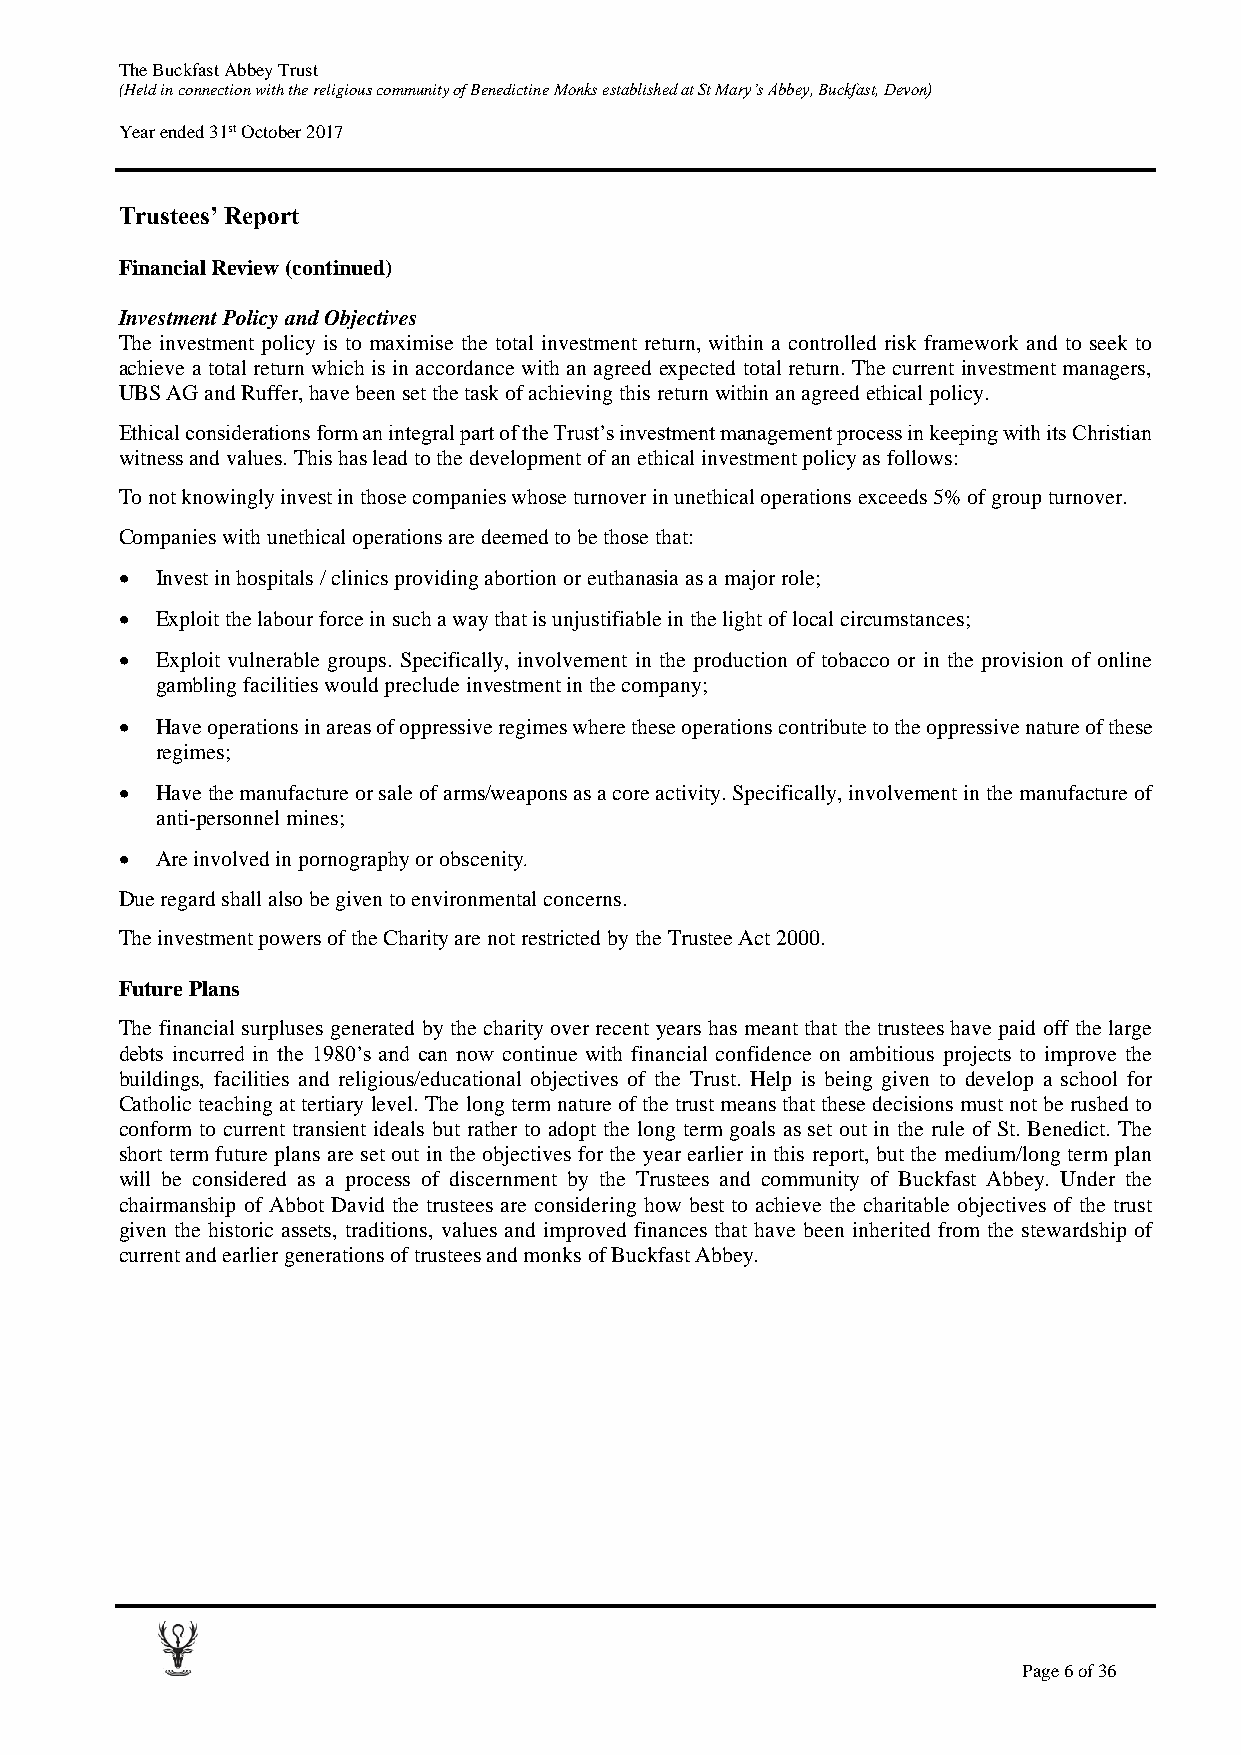
The Buckfast Abbey Trust
 (Held in connection with the religious community of Benedictine Monks established at St Mary’s Abbey, Buckfast, Devon)
 Year ended 31st October 2017
 Trustees’ Report
 Financial Review (continued)
 Investment Policy and Objectives
 The investment policy is to maximise the total investment return, within a controlled risk framework and to seek to
 achieve a total return which is in accordance with an agreed expected total return. The current investment managers,
 UBS AG and Ruffer, have been set the task of achieving this return within an agreed ethical policy.
 Ethical considerations form an integral part of the Trust’s investment management process in keeping with its Christian
 witness and values. This has lead to the development of an ethical investment policy as follows:
 To not knowingly invest in those companies whose turnover in unethical operations exceeds 5% of group turnover.
 Companies with unethical operations are deemed to be those that:
  Invest in hospitals / clinics providing abortion or euthanasia as a major role;
  Exploit the labour force in such a way that is unjustifiable in the light of local circumstances;
  Exploit vulnerable groups. Specifically, involvement in the production of tobacco or in the provision of online
 gambling facilities would preclude investment in the company;
  Have operations in areas of oppressive regimes where these operations contribute to the oppressive nature of these
 regimes;
  Have the manufacture or sale of arms/weapons as a core activity. Specifically, involvement in the manufacture of
 anti-personnel mines;
  Are involved in pornography or obscenity.
 Due regard shall also be given to environmental concerns.
 The investment powers of the Charity are not restricted by the Trustee Act 2000.
 Future Plans
 The financial surpluses generated by the charity over recent years has meant that the trustees have paid off the large
 debts incurred in the 1980’s and can now continue with financial confidence on ambitious projects to improve the
 buildings, facilities and religious/educational objectives of the Trust. Help is being given to develop a school for
 Catholic teaching at tertiary level. The long term nature of the trust means that these decisions must not be rushed to
 conform to current transient ideals but rather to adopt the long term goals as set out in the rule of St. Benedict. The
 short term future plans are set out in the objectives for the year earlier in this report, but the medium/long term plan
 will be considered as a process of discernment by the Trustees and community of Buckfast Abbey. Under the
 chairmanship of Abbot David the trustees are considering how best to achieve the charitable objectives of the trust
 given the historic assets, traditions, values and improved finances that have been inherited from the stewardship of
 current and earlier generations of trustees and monks of Buckfast Abbey.
 Page 6 of 36